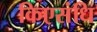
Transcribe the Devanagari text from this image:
किएसंधि